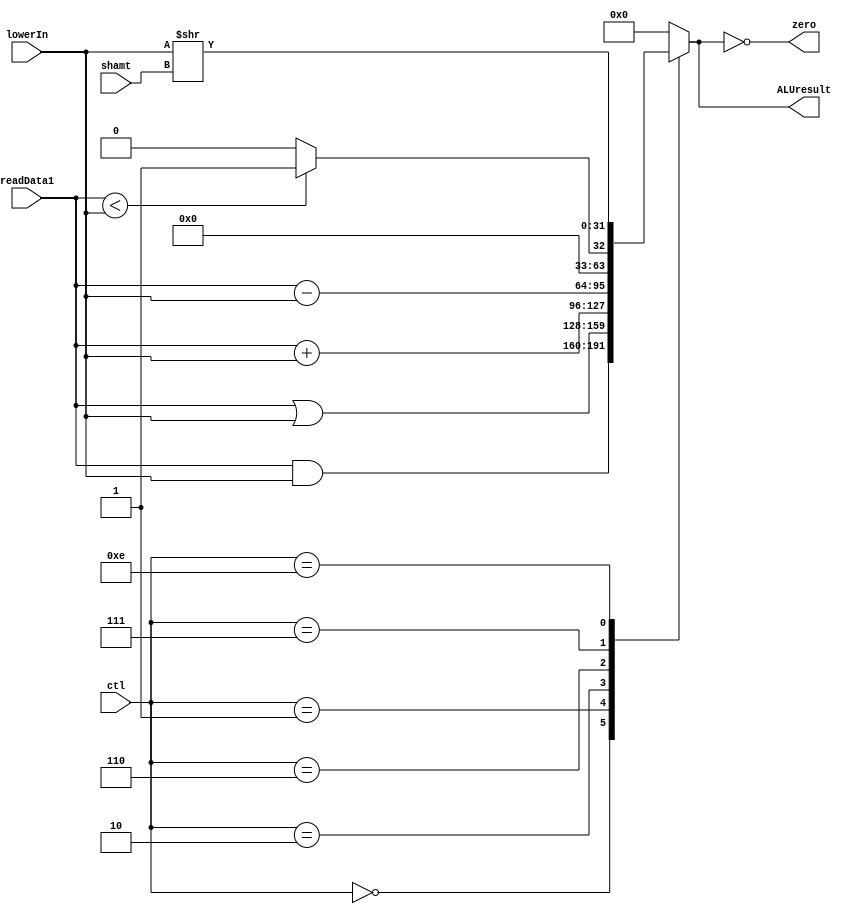
// MIPS ALU

module MIPSALU (ctl, readData1, lowerIn, shamt, ALUresult, zero);
// lowerIn is the mux output

input [3:0] ctl;
input [31:0] readData1,lowerIn;
input [4:0] shamt;
output reg [31:0] ALUresult;
output zero;

// Zero flag equals 1. if the output equals zero
assign zero = (ALUresult == 0);

always @ (ctl, readData1, lowerIn)
 case(ctl)
	0:ALUresult <= readData1 & lowerIn;		//and
	1:ALUresult <= readData1 | lowerIn;		//or (ori)
	2:ALUresult <= readData1 + lowerIn;		//add (lw, sw, addi)
	6:ALUresult <= readData1 - lowerIn;		//sub (beq)
	7:ALUresult <= readData1 < lowerIn ? 1:0;	//slt
	//12:ALUresult <= ~ (readData1 | lowerIn);	//nor
	14:ALUresult <= lowerIn >> shamt;		//sll
	default:ALUresult <= 0;
 endcase
endmodule

module ALUcontol (fn, ALUop, ctl);

input [2:0] ALUop;
input [5:0] fn;
output reg [3:0] ctl;

always @ (fn, ALUop)
// Add for load and stores
 if (ALUop == 3'b000)
 begin
	ctl <= 2;
 end
// Subtract for beq
 else if (ALUop == 3'b001)
 begin
	ctl <= 6;
 end
// Determined by funct for R-format
else if (ALUop == 3'b010)
 begin
   case(fn)
	32:ctl <= 2;	//add
	34:ctl <= 6;	//sub
	36:ctl <= 0;	//and
	37:ctl <= 1;	//or
	42:ctl <= 7;	//slt
	0:ctl <= 14;	//sll
	default:ctl <= 0;
   endcase
 end
// add for addi
else if (ALUop == 3'b011)
 begin
	ctl <= 0;
 end
// or for ori
else if (ALUop == 3'b100)
 begin
	ctl <= 1;
 end
// sub for beq
else if (ALUop == 3'b101)
 begin
	ctl <= 1;
 end

else
	ctl <= 1;
endmodule

module ALUMux (MUXout, readData2, in2, ALUSrc);

output [31:0] MUXout;
input [31:0] readData2, in2;
input ALUSrc;
assign  MUXout = (ALUSrc == 1'b0)? readData2:
		 (ALUSrc == 1'b1)? in2:
		1'bx;
endmodule

module testBench();

// All must be 32-bits, or it will simulate with warnings, but with misleading numbers
// Input must be readData1 reg in testing
reg [31:0] readData1, lowerIn;
reg [2:0] ALUop;
reg [4:0] shamt;
reg [5:0] fn;
reg [31:0] readData2;
reg [31:0] in2;
reg ALUSrc;

// Outpt must be readData1 wire in testing (may not type wire)
wire [31:0] ALUresult;
wire [3:0] ctl;
wire zero;
wire [31:0] MUXout;

initial 

begin

$monitor ("readData1 = %d, lowerIn = %d, ALUop = %d, fn = %d, ctl= %b, zero = %b, ALUresult = %d", readData1, MUXout, ALUop, fn, ctl, zero, ALUresult);

ALUop = 3'b010;
fn =32;
readData1=34;
readData2=47;
in2=55;
ALUSrc=1;

#5
ALUop = 3'b010;
fn =34;
readData1=44;
readData2=18;
in2=55;
ALUSrc=1;

#5
ALUop = 3'b010;
fn =36;
readData1=4515;
readData2=777;
in2=55;
ALUSrc=1;

#5
ALUop = 3'b010;
fn =37;
readData1=80;
readData2=2;
in2=55;
ALUSrc=1;

#5
ALUop = 3'b010;
fn =42;
readData1=9584;
readData2=1888;
in2=55;
ALUSrc=1;

#5
ALUop = 3'b000;
fn =34;
readData1=44;
readData2=18;
in2=55;
ALUSrc=1;

#5
ALUop = 3'b001;
fn =34;
readData1=44;
readData2=18;
in2=55;
ALUSrc=1;

#5
ALUop = 3'b011;
fn =34;
readData1=44;
readData2=18;
in2=55;
ALUSrc=1;

#5
ALUop = 3'b100;
fn =34;
readData1=44;
readData2=18;
in2=55;
ALUSrc=1;

#5
ALUop = 3'b101;
fn =34;
readData1=44;
readData2=18;
in2=55;
ALUSrc=1;

end

MIPSALU m1 (ctl, readData1, MUXout, shamt, ALUresult, zero);
ALUcontol c1 (fn, ALUop, ctl);
ALUMux mux1(MUXout, readData2, in2, ALUSrc);

endmodule